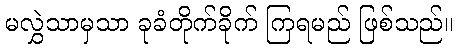
မလွှဲသာမှသာ ခုခံတိုက်ခိုက် ကြရမည် ဖြစ်သည်။